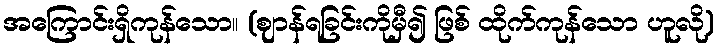
အကြောင်းရှိကုန်သော။ (ဈာန်ရခြင်းကိုမှီ၍ ဖြစ် ထိုက်ကုန်သော ဟူလို)